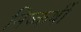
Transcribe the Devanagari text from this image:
निष्कर्षी